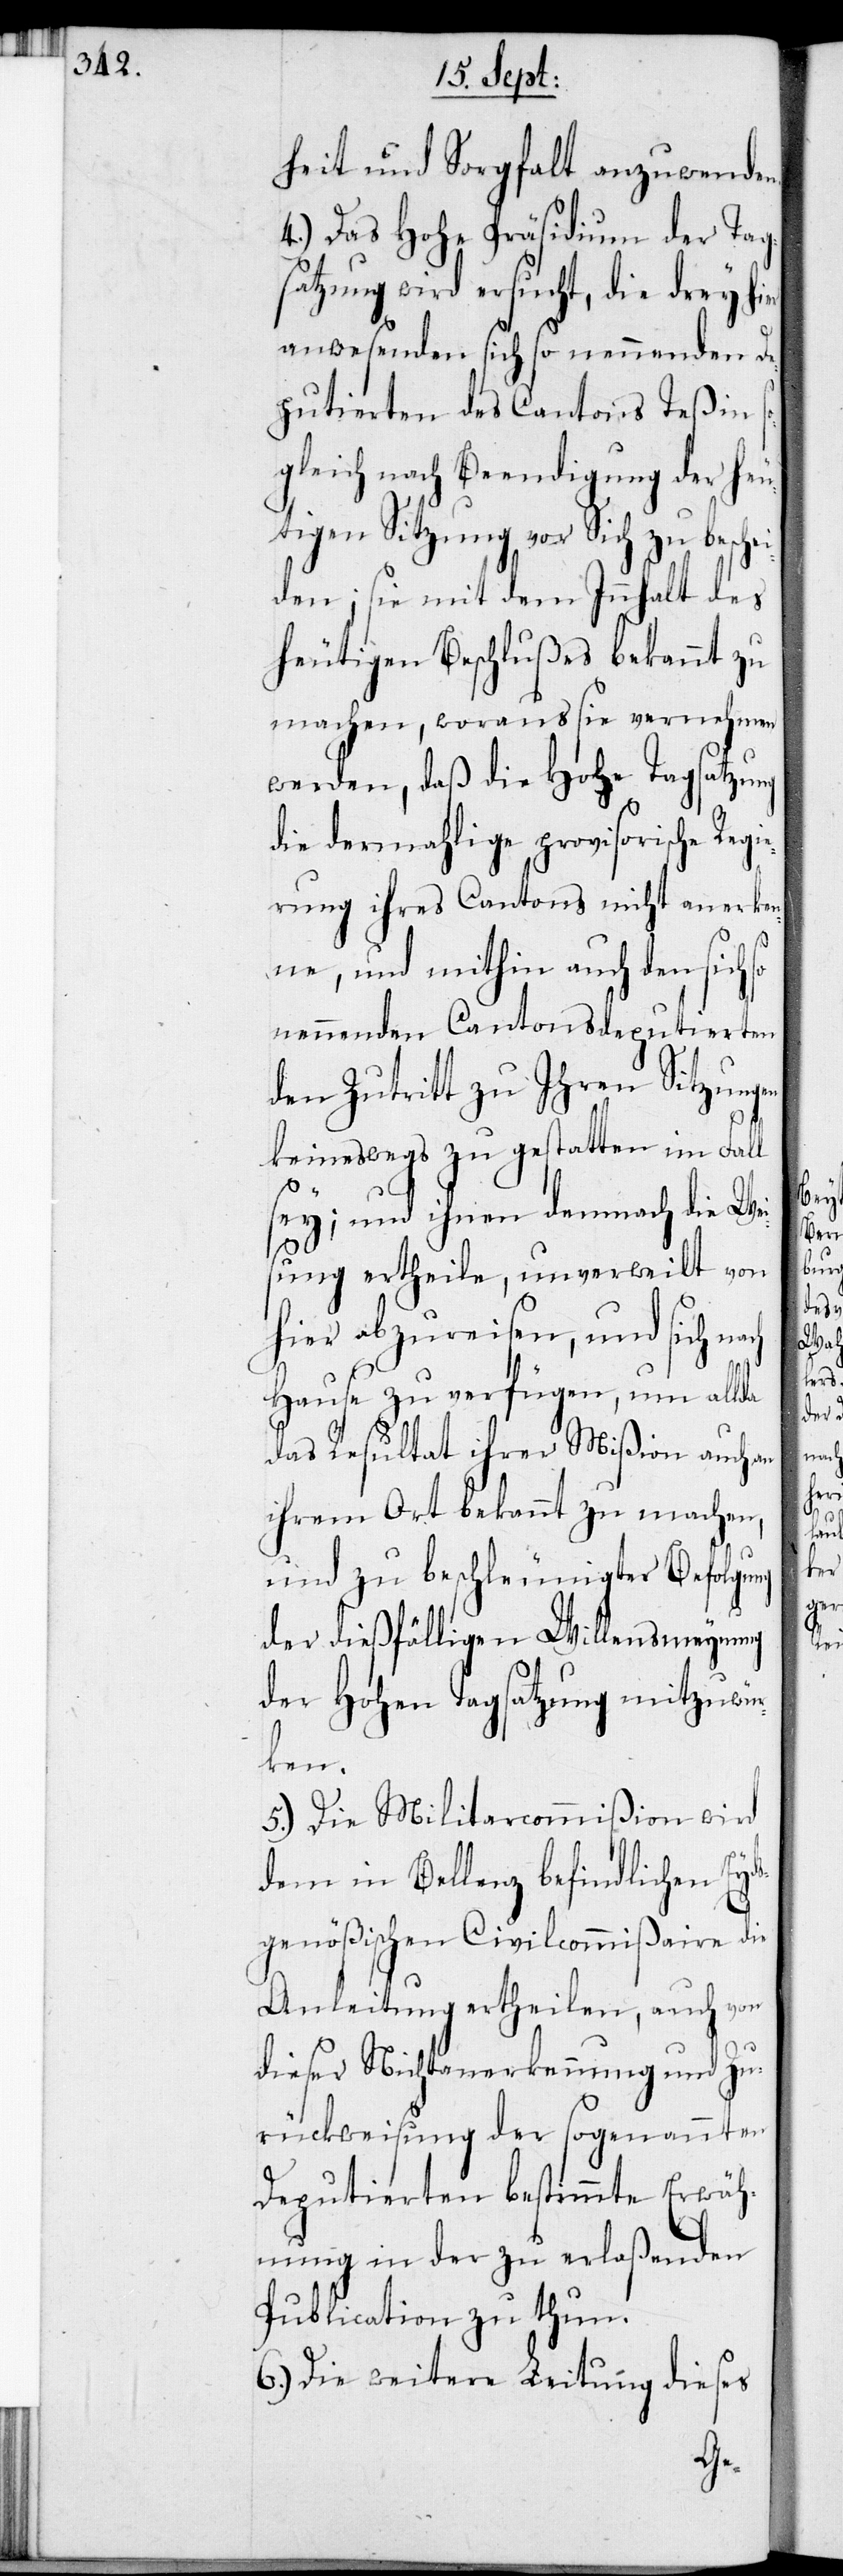
heit und Sorgfalt anzuwenden.
4.) Das Hohe Präsidium der Tag¬
satzung wird ersucht, die drey hier
anwesenden sich so nennenden De¬
putierten des Cantons Teßin s¬
ogleich nach Beendigung der heu¬
tigen Sitzung vor Sich zu beschei¬
den, sie mit dem Innhalt des
heutigen Beschlußes bekannt zu
machen, woraus sie vernehmen
werden, daß die Hohe Tagsatzung
die dermahlige provisorische Regi¬
erung ihres Cantons nicht anerken¬
ne, und mithin auch den sich
nennenden Cantonsdeputierten
der Zutritt zu Ihren Sitzung¬
keineswegs zu gestatten im Fall
sey; und ihnen demnach die Wei¬
sung ertheile, unverweilt von
hier abzureisen, und sich
Hause zu verfügen, um allda
das Resultat ihrer Mißion auch an
ihrem Ort bekannt zu machen,
und zu beschleunigter Befolgung
der dießfälligen Willensmeynung
der Hohen Tagsatzung mitzuwür¬
ken.
5.) Die Militarcommißion wird
dem in Bellenz befindlichen Eyd¬
sgenößischen Civilicommißaire die
Anleitung ertheilen, auch von
dieser Nichtanerkennung und Zu¬
rückweisung der sogenannten
Deputierten bestimmte Erwäh¬
nung in der zu erlaßenden
Publication zu thun.
6.) Die weitere Leitung dieses